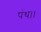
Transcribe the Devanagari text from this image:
पंथ।।